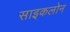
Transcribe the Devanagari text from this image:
साइकलोन